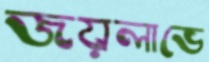
জয়লাভে